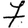
Digit: 7